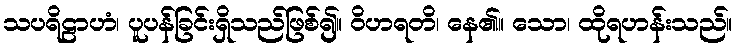
သပရိဠာဟံ၊ ပူပန်ခြင်းရှိသည်ဖြစ်၍။ ဝိဟရတိ၊ နေ၏။ သော၊ ထိုရဟန်းသည်။